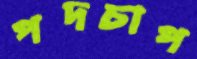
পদচাপ